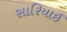
સારિયાઈ